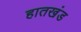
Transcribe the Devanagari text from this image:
हातखंड